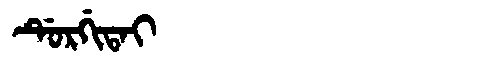
Manchu: ᡩᡠᡵᡤᡳᡨᠠᡳ
Romanization: DURGITAI